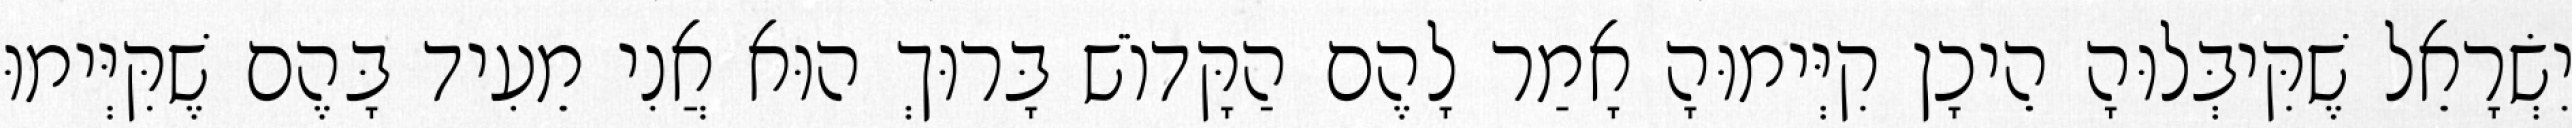
יִשְׂרָאֵל שֶׁקִּיבְּלוּהָ הֵיכָן קִיְּימוּהָ אָמַר לָהֶם הַקָּדוֹשׁ בָּרוּךְ הוּא אֲנִי מֵעִיד בָּהֶם שֶׁקִּיְּימוּ